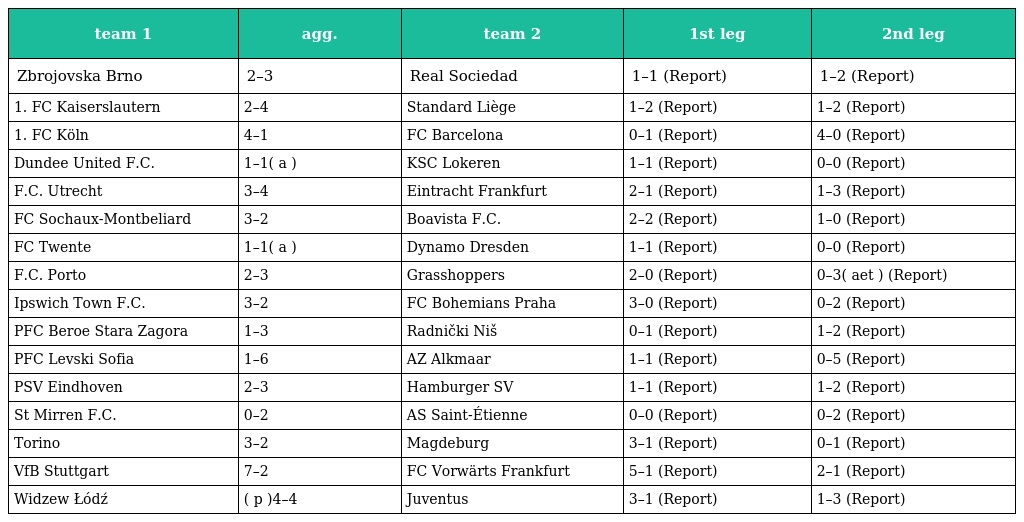
| team 1 | agg. | team 2 | 1st leg | 2nd leg |
 | --- | --- | --- | --- | --- |
 | Zbrojovska Brno | 2–3 | Real Sociedad | 1–1 (Report) | 1–2 (Report) |
 | 1. FC Kaiserslautern | 2–4 | Standard Liège | 1–2 (Report) | 1–2 (Report) |
 | 1. FC Köln | 4–1 | FC Barcelona | 0–1 (Report) | 4–0 (Report) |
 | Dundee United F.C. | 1–1( a ) | KSC Lokeren | 1–1 (Report) | 0–0 (Report) |
 | F.C. Utrecht | 3–4 | Eintracht Frankfurt | 2–1 (Report) | 1–3 (Report) |
 | FC Sochaux-Montbeliard | 3–2 | Boavista F.C. | 2–2 (Report) | 1–0 (Report) |
 | FC Twente | 1–1( a ) | Dynamo Dresden | 1–1 (Report) | 0–0 (Report) |
 | F.C. Porto | 2–3 | Grasshoppers | 2–0 (Report) | 0–3( aet ) (Report) |
 | Ipswich Town F.C. | 3–2 | FC Bohemians Praha | 3–0 (Report) | 0–2 (Report) |
 | PFC Beroe Stara Zagora | 1–3 | Radnički Niš | 0–1 (Report) | 1–2 (Report) |
 | PFC Levski Sofia | 1–6 | AZ Alkmaar | 1–1 (Report) | 0–5 (Report) |
 | PSV Eindhoven | 2–3 | Hamburger SV | 1–1 (Report) | 1–2 (Report) |
 | St Mirren F.C. | 0–2 | AS Saint-Étienne | 0–0 (Report) | 0–2 (Report) |
 | Torino | 3–2 | Magdeburg | 3–1 (Report) | 0–1 (Report) |
 | VfB Stuttgart | 7–2 | FC Vorwärts Frankfurt | 5–1 (Report) | 2–1 (Report) |
 | Widzew Łódź | ( p )4–4 | Juventus | 3–1 (Report) | 1–3 (Report) |